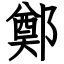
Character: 鄭